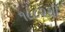
૧૮૮૨થી